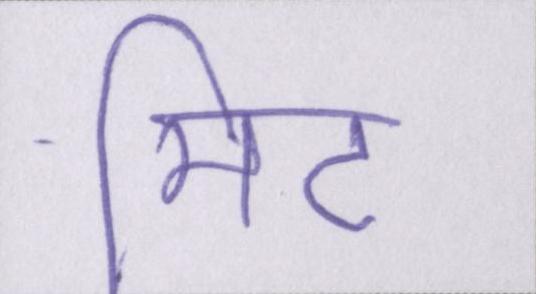
मीट